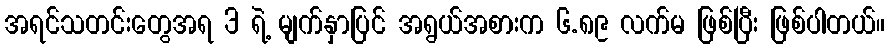
အရင်သတင်းတွေအရ 3 ရဲ့ မျက်နှာပြင် အရွယ်အစားက ၆.၈၉ လက်မ ဖြစ်ပြီး ဖြစ်ပါတယ်။